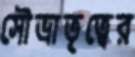
সৌভ্রাতৃত্বের